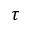
\tau